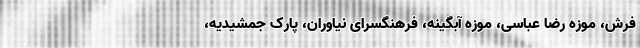
فرش، موزه رضا عباسی، موزه آبگینه، فرهنگسرای نیاوران، پارک جمشیدیه،